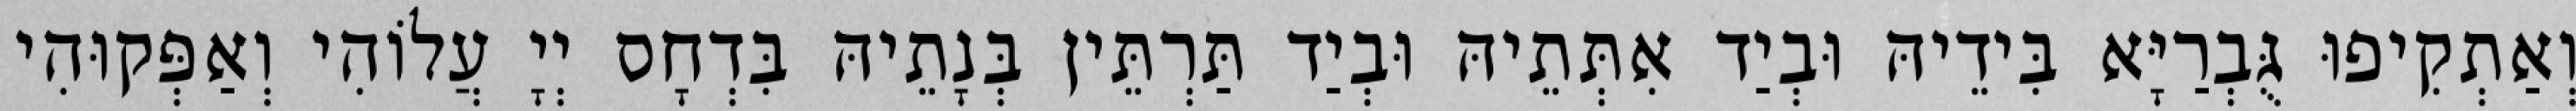
וְאַתְקִיפוּ גֻּבְרַיָּא בִּידֵיהּ וּבְיַד אִתְּתֵיהּ וּבְיַד תַּרְתֵּין בְּנָתֵיהּ בִּדְחָס יְיָ עֲלוֹהִי וְאַפְּקוּהִי